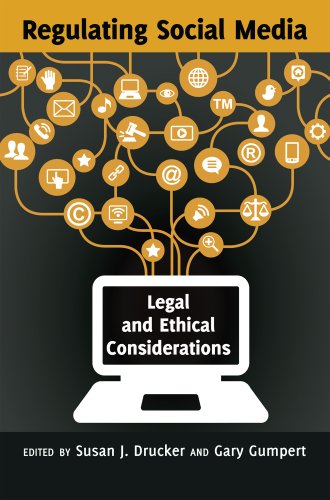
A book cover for Regulating Social Media: Legal and Ethical Considerations (Communication Law); Law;